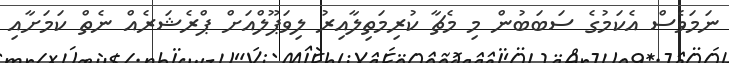
ނަމަވެސް އެކަމުގެ ސަބަބުން މި މެޗާ ކުރިމަތިލާއިރު ލިވަޕޫލްއަށް ޕްރެޝަރެއް ނެތް ކަމަށާއި